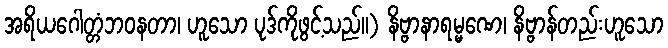
အရိယဂေါတ္တံဘဝနတာ၊ ဟူသော ပုဒ်ကိုဖွင့်သည်။) နိဗ္ဗာနာရမ္မဏေ၊ နိဗ္ဗာန်တည်းဟူသော